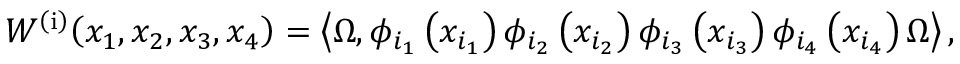
W ^ { \left( \mathrm { i } \right) } { \left( x _ { 1 } , x _ { 2 } , x _ { 3 } , x _ { 4 } \right) } = \left\langle \Omega , \phi _ { { i } _ { 1 } } \left( x _ { { i } _ { 1 } } \right) \phi _ { { i } _ { 2 } } \left( x _ { { i } _ { 2 } } \right) \phi _ { { i } _ { 3 } } \left( x _ { { i } _ { 3 } } \right) \phi _ { { i } _ { 4 } } \left( x _ { { i } _ { 4 } } \right) \Omega \right\rangle ,